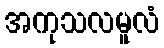
အကုသလမူလံ